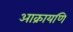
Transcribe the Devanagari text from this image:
आक्रायणि